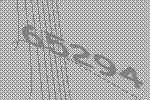
65294